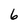
Character: 6